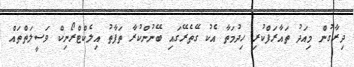
ދިރާގުން މިއަދު ތައާރަފްކުރި ހިދުމަތާ އެކު ގޭތެރޭގައި ބޭނުންކުރާ ތަފާތު އިލެކްޓްރޯނިކް ވަސީލަތްތައް